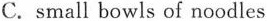
C.small bowls of noodles